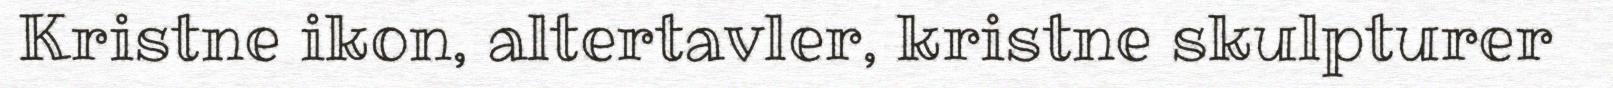
Kristne ikon, altertavler, kristne skulpturer